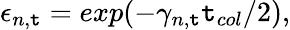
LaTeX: \epsilon_{n,\mathtt{t}}=exp(-\gamma_{n,\mathtt{t}}\mathtt{t}_{col}/2),